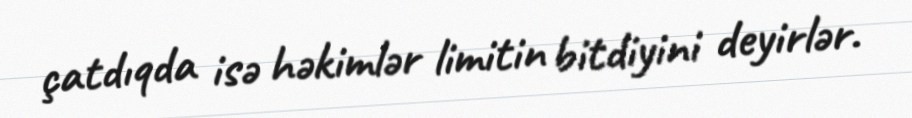
çatdıqda isə həkimlər limitin bitdiyini deyirlər.